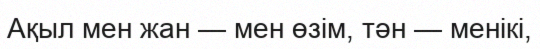
Ақыл мен жан — мен өзім, тән — менікі,